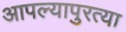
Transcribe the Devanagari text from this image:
आपल्यापुरत्या